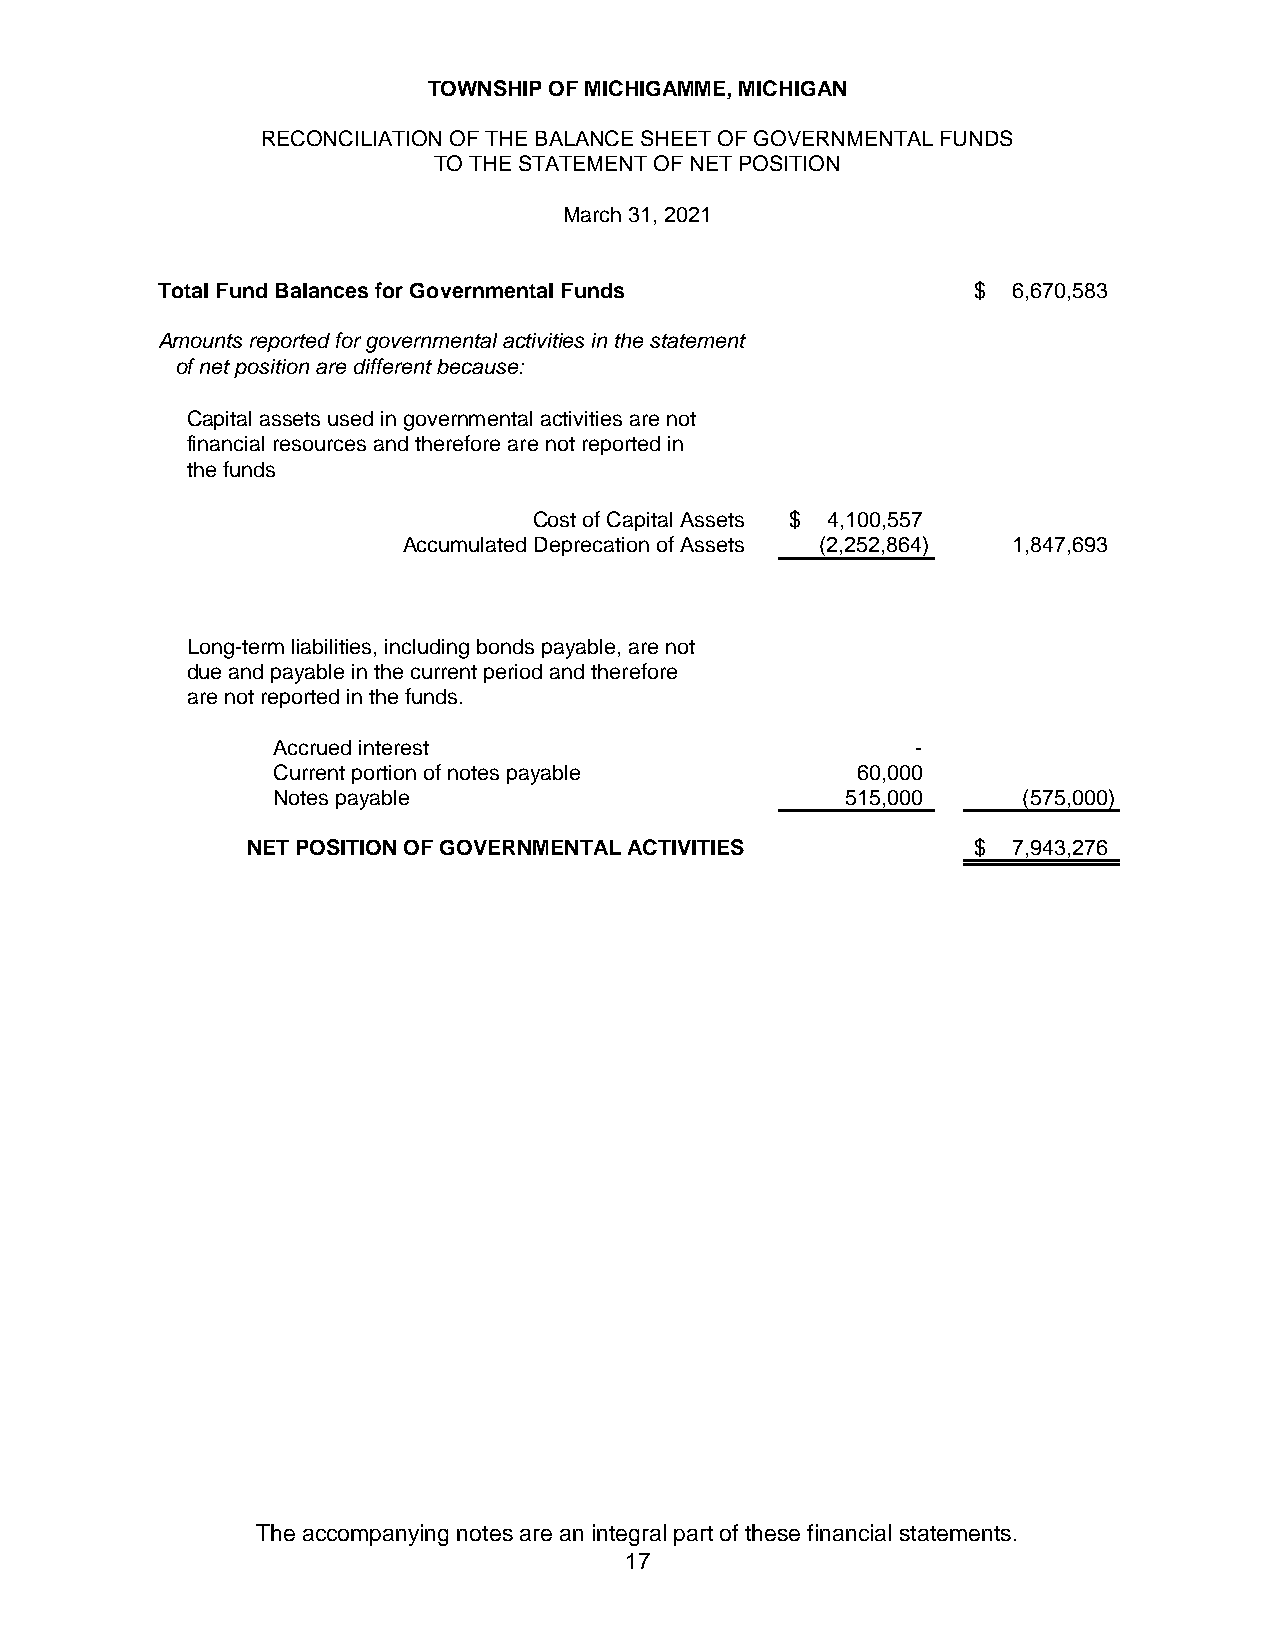
TOWNSHIP OF MICHIGAMME, MICHIGAN
 RECONCILIATION OF THE BALANCE SHEET OF GOVERNMENTAL FUNDS
 TO THE STATEMENT OF NET POSITION
 March 31, 2021
 Total Fund Balances for Governmental Funds            $  6,670,583
 Amounts reported for governmental activities in the statement
 of net position are different because:
 Capital assets used in governmental activities are not
 financial resources and therefore are not reported in
 the funds
 Cost of Capital Assets $ 4,100,557
 Accumulated Deprecation of Assets (2,252,864) 1,847,693
 Long-term liabilities, including bonds payable, are not
 due and payable in the current period and therefore
 are not reported in the funds.
 Accrued interest                           -
 Current portion of notes payable       60,000
 Notes payable                         515,000     (575,000)
 NET POSITION OF GOVERNMENTAL ACTIVITIES         $  7,943,276
 The accompanying notes are an integral part of these financial statements.
 17